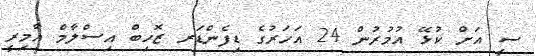
ސީ އަށް ކުޅޭ އުމުރުން 24 އަހަރުގެ ޑިފެންޑަރ ޒޮހިބް އިސްލާމް އާމިރީ